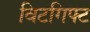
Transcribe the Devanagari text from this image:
विटगिफ्ट